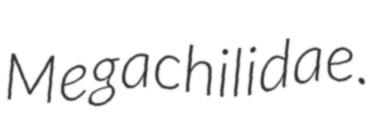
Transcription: Megachilidae.